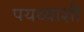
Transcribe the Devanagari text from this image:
पयथ्याशी